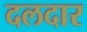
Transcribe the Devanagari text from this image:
दलदार